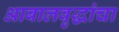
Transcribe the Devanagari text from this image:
आबालवृद्धांचा